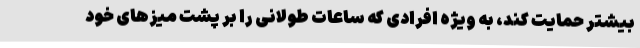
بیشتر حمایت کند، به ویژه افرادی که ساعات طولانی را بر پشت میزهای خود